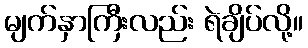
မျက်နှာကြီးလည်း ရဲချိပ်လို့။